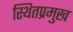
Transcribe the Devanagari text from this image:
स्थितप्रमुख